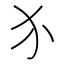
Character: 𬌩